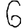
Digit: 6